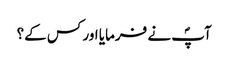
آپؐ نے فرمایا اور کس کے؟